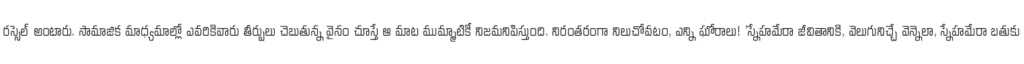
రస్సెల్ అంటారు. సామాజిక మాధ్యమాల్లో ఎవరికివారు తీర్పులు చెబుతున్న వైనం చూస్తే ఆ మాట ముమ్మాటికీ నిజమనిపిస్తుంది. నిరంతరంగా నిలుచోవటం, ఎన్ని ఘోరాలు! 'స్నేహమేరా జీవితానికి, వెలుగునిచ్చే వెన్నెలా, స్నేహమేరా బతుకు